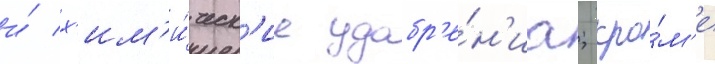
и́ х'им'и́ческ'ие удобр'е́н'иа; кро́м'е